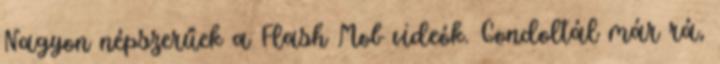
Nagyon népszerűek a Flash Mob videók. Gondoltál már rá,